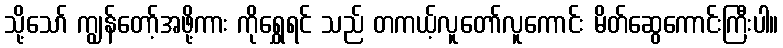
သို့သော် ကျွန်တော့်အဖို့ကား ကိုရွှေရင် သည် တကယ့်လူတော်လူကောင်း မိတ်ဆွေကောင်းကြီးပါ။